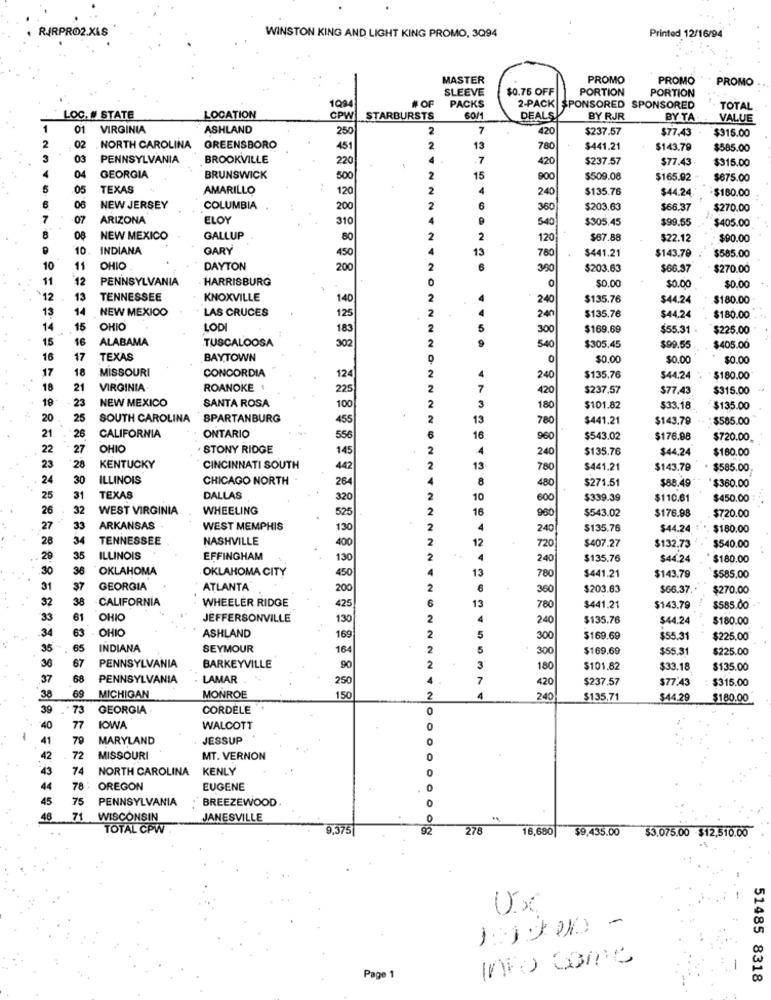
RIRPRO2.XLS
WINSTON KING AND LIGHT KING PROMO, 3094
Printed 12/16/94
MASTER
PROMO
PROMO
PROMO
SLEEVE
$0.75 OFF
PORTION
PORTION
#OF
PACKS
2-PACK
SPONSORED SPONSORED
TOTAL
LOC. # STATE
LOCATION
CPW
STARBURSTS
60/1
DEALS
BY RJR
BY TA
VALUE
01
VIRGINIA
ASHLAND
250
2
7
420
$237.57
$77,43
$315.00
.02
.NORTH CAROLINA
GREENSBORO
451
2
13
780
$441.21
$143.79
$585.00
03
PENNSYLVANIA
BROOKVILLE
220
.7
420
$237.57
$77.43.
$315.00
04
GEORGIA
BRUNSWICK
500
2
15
900
$509.08
$165.92 -
$875.00
5
.05
TEXAS
AMARILLO
120
4
$135.76
$44.24
$160.00
240
NEW JERSEY
COLUMBIA
200
360
$203.63
$66.37
$270.00
7
.07
ARIZONA
ELOY
310
540
$305.45
$99.55
$405.00
8
08
NEW MEXICO
GALLUP
2
120
$67.88
$22.12
$90.00
10
INDIANA
GARY
13
780
$441.21
450
$143.79
$585.00
10
11
OHIO
DAYTON
200
390
$203.63
$66.37
$270.00
11
12
PENNSYLVANIA
HARRISBURG
0
$0.00
$0.00
$0.00
12
13
TENNESSEE
KNOXVILLE
140
240
$135.76
$44.24
$180.00
13
14
NEW MEXICO
LAS CRUCES
$135.76
125
240
$44.24
$180.00
14
15
OHIO
LODI
183
5
300
$169.69
$55.31
$225.00
15
16
ALABAMA
TUSCALOOSA
302
540
$305.45
$99.55
$405.00
16
17
TEXAS
BAYTOWN
0
$0.00
$0.00
$0.00
17
18
MISSOURI
CONCORDIA
124
240
$135.76
$44.24
$180.00
18
21
VIRGINIA
ROANOKE
225
7
420
$237.57
$77,43
$315.00
19
23
NEW MEXICO
SANTA ROSA
100
3
180
$101.82
$33.18.
$135.00
20
25
SOUTH CAROLINA
SPARTANBURG
455|
13
780
$441.21
$143.79
:$585.00
21
26
CALIFORNIA
ONTARIO
556
16
960
$543.02
$176.88
$720.00
22
27
OHIO
STONY RIDGE
145
4
240
$135.76
$44.24
$180.00
28
23
KENTUCKY
CINCINNATI SOUTH
442
13
780
$441.21
$143.79
$585.00
24
30
ILLINOIS
CHICAGO NORTH -
264
8
$271.51
480
$88.49
$360.00
25
31
TEXAS
DALLAS
320
10
600
$339.39
$110.61
$450.00
26
32
WEST VIRGINIA
WHEELING
525
16
$543.02
$176.98
$720.00
960
27
33
ARKANSAS
WEST MEMPHIS
130
4
240
$135.76
$44.24. 1
. $180.00
28
34
TENNESSEE
NASHVILLE
400
12
$407.27
720
$132.73
$540.00
29
35
ILLINOIS
EFFINGHAM
130
4
240
$135.76
$44.24
$180.00
.30
36
OKLAHOMA
OKLAHOMA CITY
450
13
780
$441.21
$143.79
$585.00
31
37
GEORGIA
ATLANTA'
200
6
360
$203.63
$66.37.
$270.00
32
38
·CALIFORNIA
WHEELER RIDGE
425
13
780
$441.21
$143.79
$585.00
33
61
OHIO
JEFFERSONVILLE
130
240
$135.76
$44.24
$180.00
63
OHIO
ASHLAND
5
34
169|
300
$169.69
$55.31
$225.00
35
65
INDIANA
SEYMOUR
164
5
300
$169.69
$55.31
$225.00
36
67
PENNSYLVANIA
BARKEYVILLE
90
3
180
$101.82
$33.18
$135.00
37
68
PENNSYLVANIA
LAMAR
250
7
420
$237.57
$77.43
$315.00
69
38
MICHIGAN
MONROE
150
4
240
$135,71
$44.29
$180.00
39
73
GEORGIA·
CORDELE
0
40
77
IOWA
WALCOTT
41
79
MARYLAND
JESSUP
42
72
MISSOURI
MT. VERNON
43
74
NORTH CAROLINA
KENLY
44
78 :
OREGON
EUGENE
45
75
PENNSYLVANIA
BREEZEWOOD
46
71
WISCONSIN
JANESVILLE
..
TOTAL CPW
9.375
92
278
16,680|
$9.435.00
$3.075.00 $12,510.00
Ux
-
Page 1
51485 8318